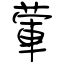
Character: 葷